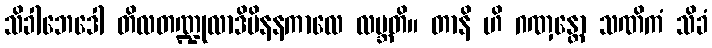
သိခါဘေဒေါ တိလတဏ္ဍုလာဒိမိနနကာလေ လဗ္ဘတိ။ တာနိ ဟိ ဂဏှန္တော သဏိကံ သိခံ